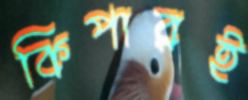
কিপারই